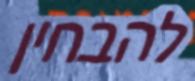
להבחין